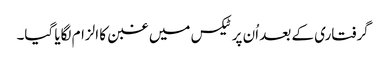
گرفتاری کے بعد اُن پر ٹیکس میں غبن کا الزام لگایا گیا۔